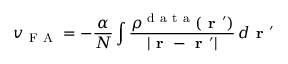
v _ { \mathrm { ~ F ~ A ~ } } = - \frac { \alpha } { N } \int \frac { \rho ^ { \mathrm { ~ d ~ a ~ t ~ a ~ } } ( \boldsymbol { \textbf { r } } ^ { \prime } ) } { | \boldsymbol { \textbf { r } } - \boldsymbol { \textbf { r } } ^ { \prime } | } \, d \boldsymbol { \textbf { r } } ^ { \prime }